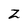
Character: Z